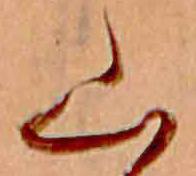
山